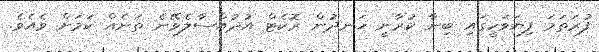
ފުރަތަމަ ފިޔަވަހީގައި ބިނާ ކުރާނީ ހަނދުން ރޮކެޓް އުދުއްސާލެވޭނެ ތަނެއް ކަމަށް ވެއެވެ.